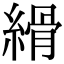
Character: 縎